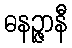
ဓနဉ္ဇာနီ